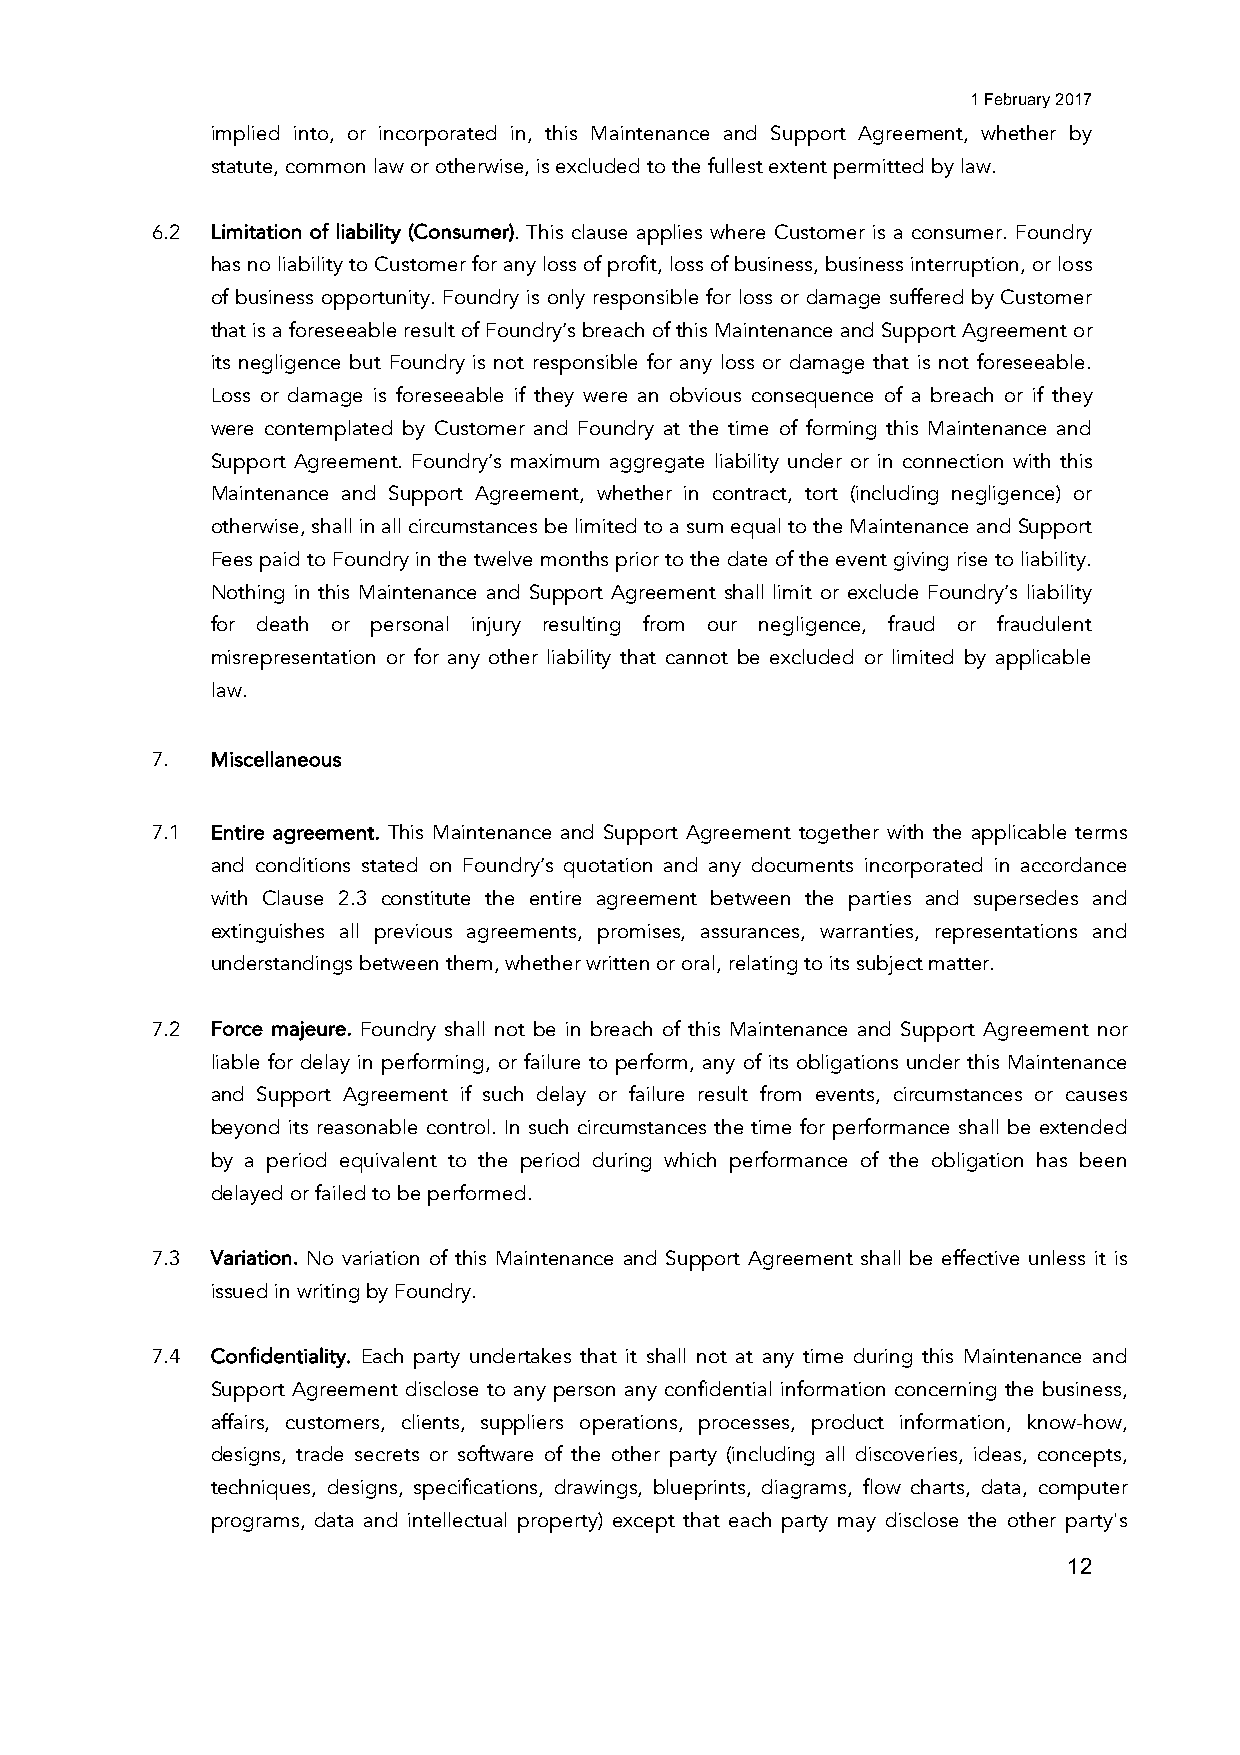
1 February 2017
 implied into, or incorporated in, this Maintenance and Support Agreement, whether by
 statute, common law or otherwise, is excluded to the fullest extent permitted by law.
 6.2 Limitation of liability (Consumer). This clause applies where Customer is a consumer. Foundry
 has no liability to Customer for any loss of profit, loss of business, business interruption, or loss
 of business opportunity. Foundry is only responsible for loss or damage suffered by Customer
 that is a foreseeable result of Foundry’s breach of this Maintenance and Support Agreement or
 its negligence but Foundry is not responsible for any loss or damage that is not foreseeable.
 Loss or damage is foreseeable if they were an obvious consequence of a breach or if they
 were contemplated by Customer and Foundry at the time of forming this Maintenance and
 Support Agreement. Foundry’s maximum aggregate liability under or in connection with this
 Maintenance and Support Agreement, whether in contract, tort (including negligence) or
 otherwise, shall in all circumstances be limited to a sum equal to the Maintenance and Support
 Fees paid to Foundry in the twelve months prior to the date of the event giving rise to liability.
 Nothing in this Maintenance and Support Agreement shall limit or exclude Foundry’s liability
 for death or personal injury resulting from our negligence, fraud or fraudulent
 misrepresentation or for any other liability that cannot be excluded or limited by applicable
 law.
 7.  Miscellaneous
 7.1 Entire agreement. This Maintenance and Support Agreement together with the applicable terms
 and conditions stated on Foundry’s quotation and any documents incorporated in accordance
 with Clause 2.3 constitute the entire agreement between the parties and supersedes and
 extinguishes all previous agreements, promises, assurances, warranties, representations and
 understandings between them, whether written or oral, relating to its subject matter.
 7.2 Force majeure. Foundry shall not be in breach of this Maintenance and Support Agreement nor
 liable for delay in performing, or failure to perform, any of its obligations under this Maintenance
 and Support Agreement if such delay or failure result from events, circumstances or causes
 beyond its reasonable control. In such circumstances the time for performance shall be extended
 by a period equivalent to the period during which performance of the obligation has been
 delayed or failed to be performed.
 7.3 Variation. No variation of this Maintenance and Support Agreement shall be effective unless it is
 issued in writing by Foundry.
 7.4 Confidentiality. Each party undertakes that it shall not at any time during this Maintenance and
 Support Agreement disclose to any person any confidential information concerning the business,
 affairs, customers, clients, suppliers operations, processes, product information, know-how,
 designs, trade secrets or software of the other party (including all discoveries, ideas, concepts,
 techniques, designs, specifications, drawings, blueprints, diagrams, flow charts, data, computer
 programs, data and intellectual property) except that each party may disclose the other party's
 12